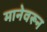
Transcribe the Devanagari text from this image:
मानेवरून